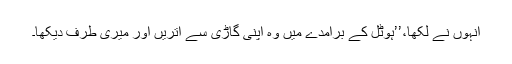
انہوں نے لکھا،’’ہوٹل کے برآمدے میں وہ اپنی گاڑی سے اتریں اور میری طرف دیکھا۔